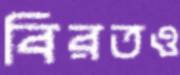
বিরতও